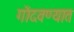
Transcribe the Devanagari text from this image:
गोंदवण्यात